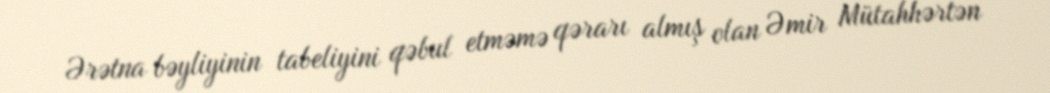
Ərətna bəyliyinin tabeliyini qəbul etməmə qərarı almış olan Əmir Mütahhərtən